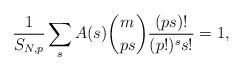
LaTeX: \begin{align*}\frac{1}{S_{N,p}} \sum_s A(s) {m \choose ps} \frac{(ps)!}{(p!)^s s!} = 1, \end{align*}